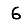
Digit: 6